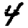
Digit: 4